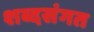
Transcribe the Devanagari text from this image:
शब्दसंगत